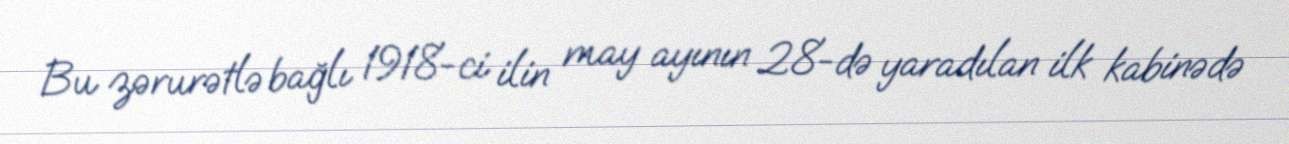
Bu zərurətlə bağlı 1918-ci ilin may ayının 28-də yaradılan ilk kabinədə